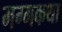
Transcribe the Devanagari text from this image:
मग्गकथा